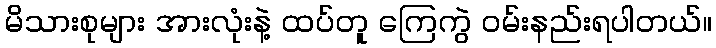
မိသားစုများ အားလုံးနဲ့ ထပ်တူ ကြေကွဲ ဝမ်းနည်းရပါတယ်။